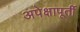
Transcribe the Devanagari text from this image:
अपेक्षापूर्ती